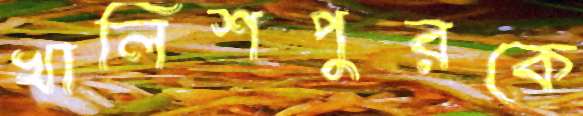
খালিশপুরকে